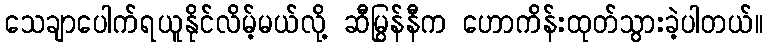
သေချာပေါက်ရယူနိုင်လိမ့်မယ်လို့ ဆီမြွန်နီက ဟောကိန်းထုတ်သွားခဲ့ပါတယ်။